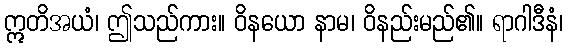
ဣတိအယံ၊ ဤသည်ကား။ ဝိနယော နာမ၊ ဝိနည်းမည်၏။ ရာဂါဒီနံ၊